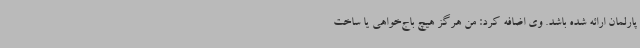
پارلمان ارائه شده باشد. وی اضافه کرد: من هرگز هیچ باج‌خواهی یا ساخت